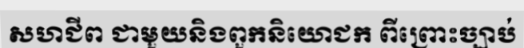
សហជីព ជាមួយនិងពួកនិយោជក ពីព្រោះច្បាប់